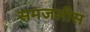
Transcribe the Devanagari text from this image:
समजलीस